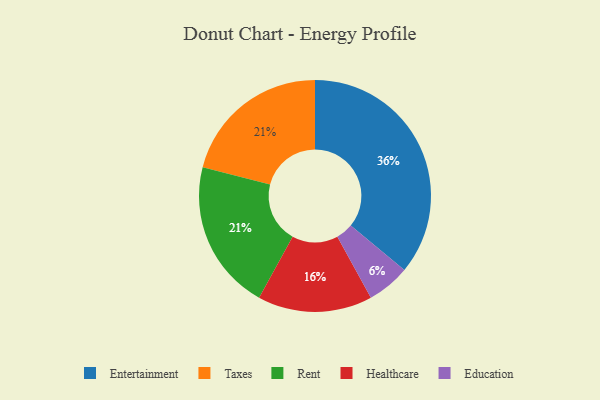
{"axis": {"x": "Category", "y": "Percentage"}, "legend": ["Education", "Entertainment", "Healthcare", "Rent", "Taxes"], "data": [{"x": "Entertainment", "y": 36, "type": "Entertainment"}, {"x": "Healthcare", "y": 16, "type": "Healthcare"}, {"x": "Taxes", "y": 21, "type": "Taxes"}, {"x": "Rent", "y": 21, "type": "Rent"}, {"x": "Education", "y": 6, "type": "Education"}]}